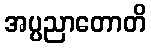
အပ္ပညာတောတိ